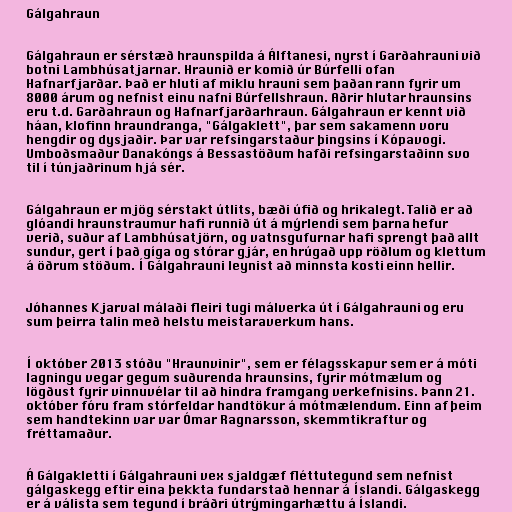
Gálgahraun

Gálgahraun er sérstæð hraunspilda á Álftanesi, nyrst í Garðahrauni við
botni Lambhúsatjarnar. Hraunið er komið úr Búrfelli ofan
Hafnarfjarðar. Það er hluti af miklu hrauni sem þaðan rann fyrir um
8000 árum og nefnist einu nafni Búrfellshraun. Aðrir hlutar hraunsins
eru t.d. Garðahraun og Hafnarfjarðarhraun. Gálgahraun er kennt við
háan, klofinn hraundranga, "Gálgaklett", þar sem sakamenn voru
hengdir og dysjaðir. Þar var refsingarstaður þingsins í Kópavogi.
Umboðsmaður Danakóngs á Bessastöðum hafði refsingarstaðinn svo
til í túnjaðrinum hjá sér.

Gálgahraun er mjög sérstakt útlits, bæði úfið og hrikalegt. Talið er að
glóandi hraunstraumur hafi runnið út á mýrlendi sem þarna hefur
verið, suður af Lambhúsatjörn, og vatnsgufurnar hafi sprengt það allt
sundur, gert í það gíga og stórar gjár, en hrúgað upp röðlum og klettum
á öðrum stöðum. Í Gálgahrauni leynist að minnsta kosti einn hellir.

Jóhannes Kjarval málaði fleiri tugi málverka út í Gálgahrauni og eru
sum þeirra talin með helstu meistaraverkum hans.

Í október 2013 stóðu "Hraunvinir", sem er félagsskapur sem er á móti
lagningu vegar gegum suðurenda hraunsins, fyrir mótmælum og
lögðust fyrir vinnuvélar til að hindra framgang verkefnisins. Þann 21.
október fóru fram stórfeldar handtökur á mótmælendum. Einn af þeim
sem handtekinn var var Ómar Ragnarsson, skemmtikraftur og
fréttamaður.

Á Gálgakletti í Gálgahrauni vex sjaldgæf fléttutegund sem nefnist
gálgaskegg eftir eina þekkta fundarstað hennar á Íslandi. Gálgaskegg
er á válista sem tegund í bráðri útrýmingarhættu á Íslandi.